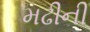
મઢીની